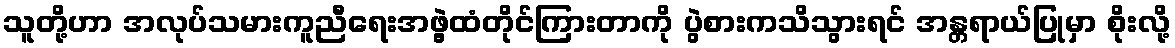
သူတို့ဟာ အလုပ်သမားကူညီရေးအဖွဲ့ထံတိုင်ကြားတာကို ပွဲစားကသိသွားရင် အန္တရာယ်ပြုမှာ စိုးလို့